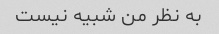
به نظر من شبیه نیست